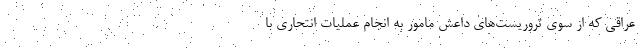
عراقی که از سوی تروریست‌های داعش مامور به انجام عملیات انتحاری با